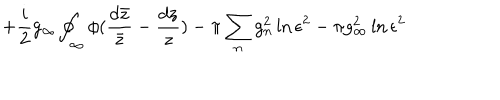
+ \frac { i } { 2 } g _ { \infty } \oint _ { \infty } \phi ( \frac { d \bar { z } } { \bar { z } } - \frac { d z } { z } ) - \pi \sum _ { n } g _ { n } ^ { 2 } \ln \epsilon ^ { 2 } - \pi g _ { \infty } ^ { 2 } \ln \epsilon ^ { 2 }